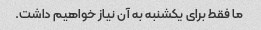
ما فقط برای یکشنبه به آن نیاز خواهیم داشت.